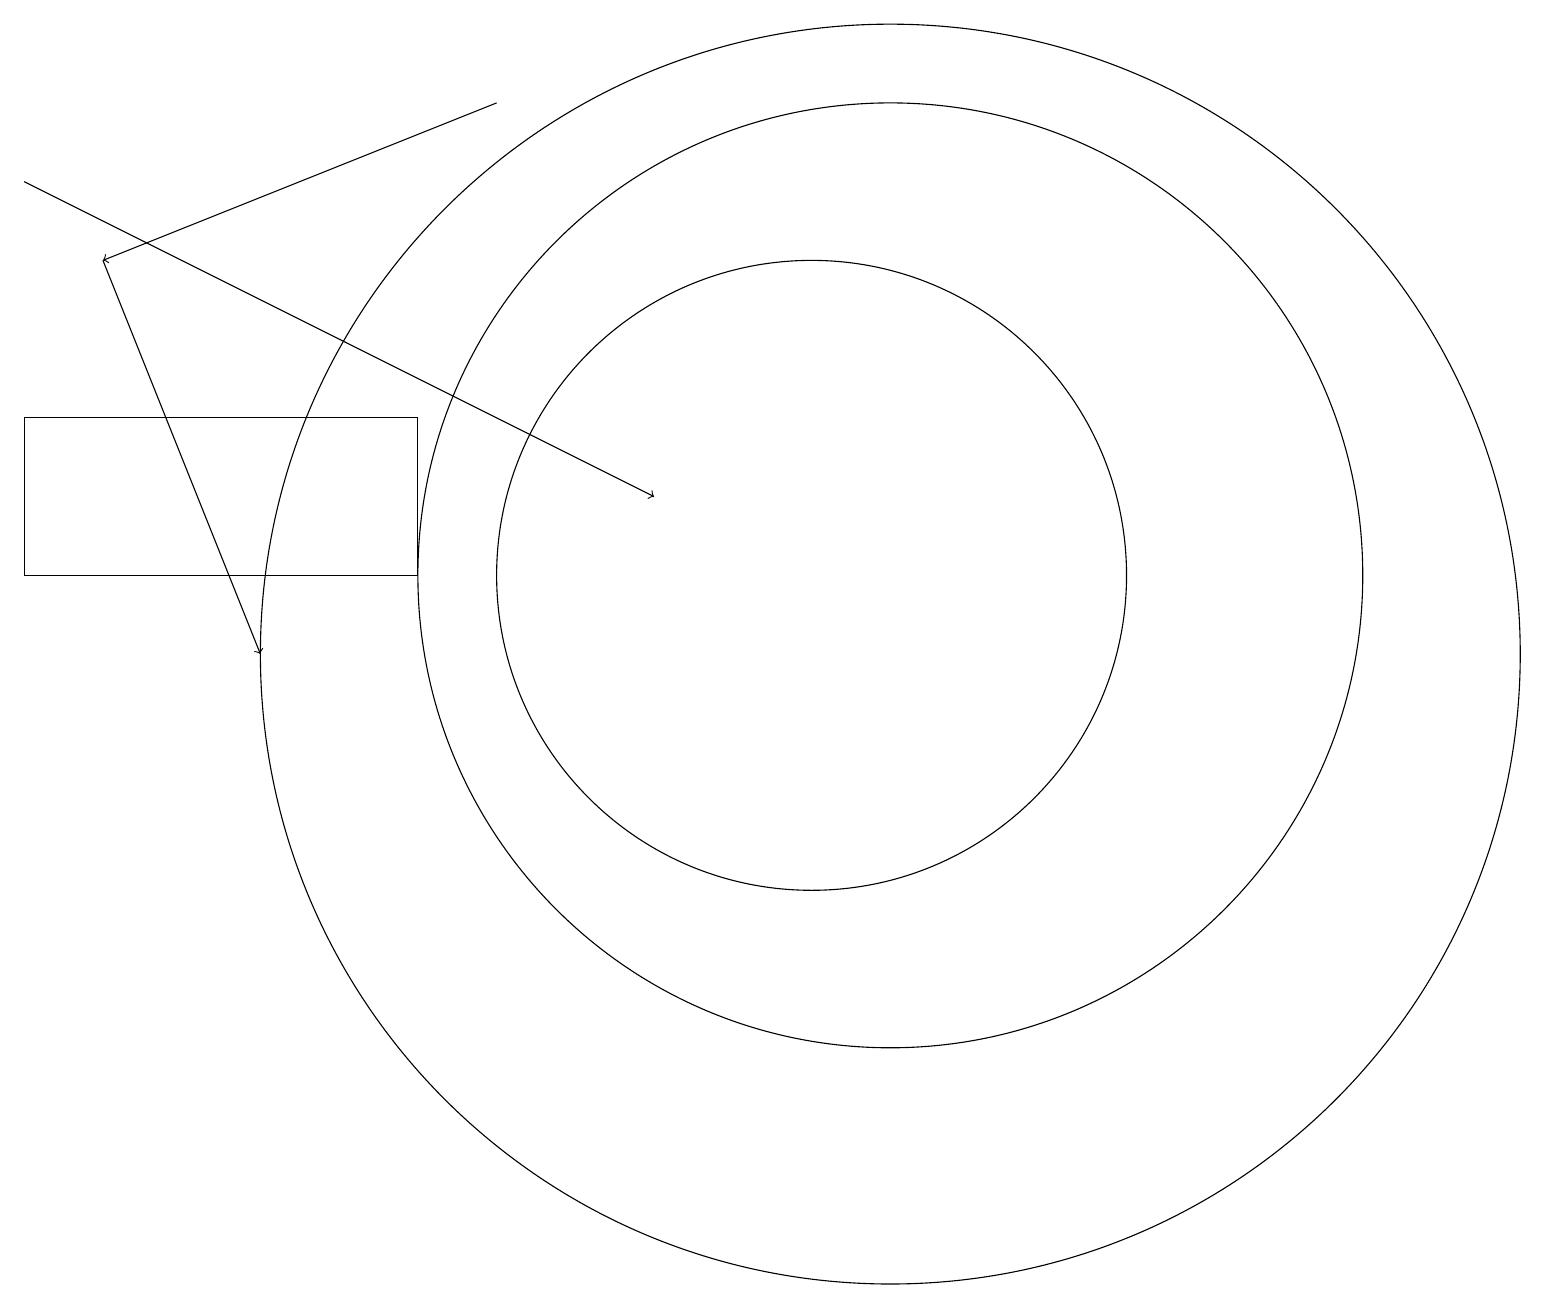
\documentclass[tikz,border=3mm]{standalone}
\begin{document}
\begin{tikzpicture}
\draw (11,11) circle (6);
\draw[->] (1,15) -- (3,10);
\draw (11,10) circle (8);
\draw[->] (0,16) -- (8,12);
\draw[->] (6,17) -- (1,15);
\draw (5,13) rectangle (0,11);
\draw (10,12) circle (0);
\draw (10,11) circle (4);
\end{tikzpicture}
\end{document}